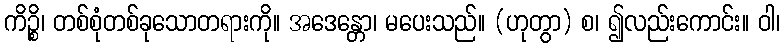
ကိဉ္စိ၊ တစ်စုံတစ်ခုသောတရားကို။ အဒေန္တော၊ မပေးသည်။ (ဟုတွာ) စ၊ ၍လည်းကောင်း။ ဝါ၊